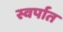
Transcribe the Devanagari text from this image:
स्वर्पात